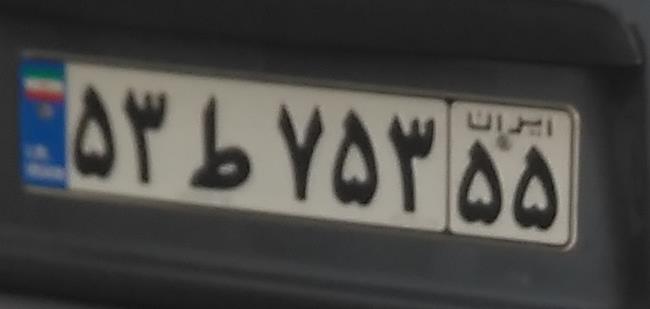
۵۳ط۷۵۳۵۵